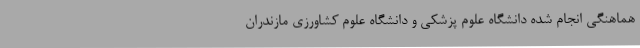
هماهنگی انجام شده دانشگاه علوم پزشکی و دانشگاه علوم کشاورزی مازندران